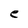
Character: e